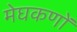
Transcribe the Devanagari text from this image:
मेघकणों